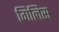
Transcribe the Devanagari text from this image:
गिलिस